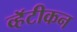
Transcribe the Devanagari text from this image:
व्हॅटीकन